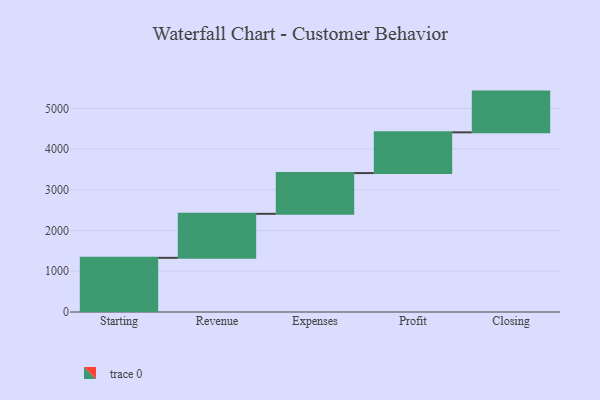
{"axis": {"x": "Step", "y": "Value"}, "legend": [""], "data": [{"x": "Starting", "y": 1330.0, "type": ""}, {"x": "Revenue", "y": 1080.0, "type": ""}, {"x": "Expenses", "y": 1000, "type": ""}, {"x": "Profit", "y": 1000, "type": ""}, {"x": "Closing", "y": 1000, "type": ""}]}